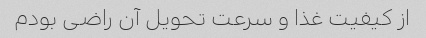
از کیفیت غذا و سرعت تحویل آن راضی بودم